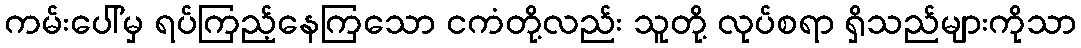
ကမ်းပေါ်မှ ရပ်ကြည့်နေကြသော ငကံတို့လည်း သူတို့ လုပ်စရာ ရှိသည်များကိုသာ